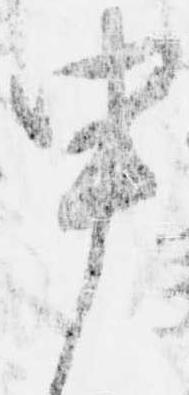
申